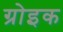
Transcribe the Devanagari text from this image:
ग्रोइक